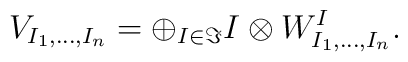
V_{I_{1},\dots ,I_{n}}=\oplus_{I\in\Im}I\otimes W^{I}_{I_{1},\dots,I_{n}}.